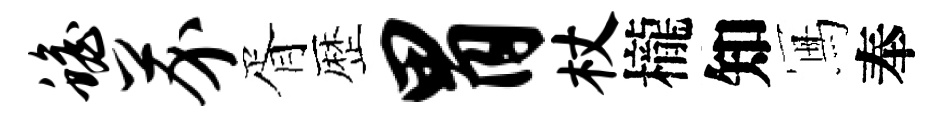
蟾芥胥歴胃杖櫳知冩奉